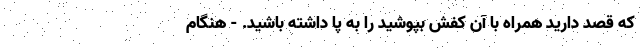
که قصد دارید همراه با آن کفش بپوشید را به پا داشته باشید. - هنگام